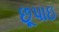
છૂપાઇ